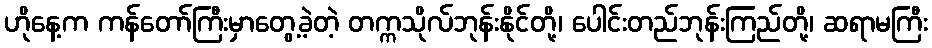
ဟိုနေ့က ကန်တော်ကြီးမှာတွေ့ခဲ့တဲ့ တက္ကသိုလ်ဘုန်းနိုင်တို့၊ ပေါင်းတည်ဘုန်းကြည်တို့၊ ဆရာမကြီး